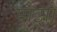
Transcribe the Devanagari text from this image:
मोझो